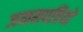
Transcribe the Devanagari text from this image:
जनमपत्रियों